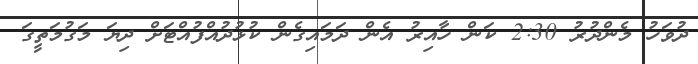
ދުވަހު މެންދުރު 2:30 ކަން ހާއިރު އެން ދަމައިގެން ކުޅުދުއްފުއްޓަށް ދިޔަ މަގުމަތީގަ